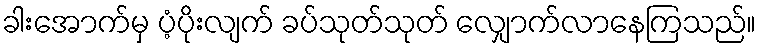
ခါးအောက်မှ ပံ့ပိုးလျက် ခပ်သုတ်သုတ် လျှောက်လာနေကြသည်။